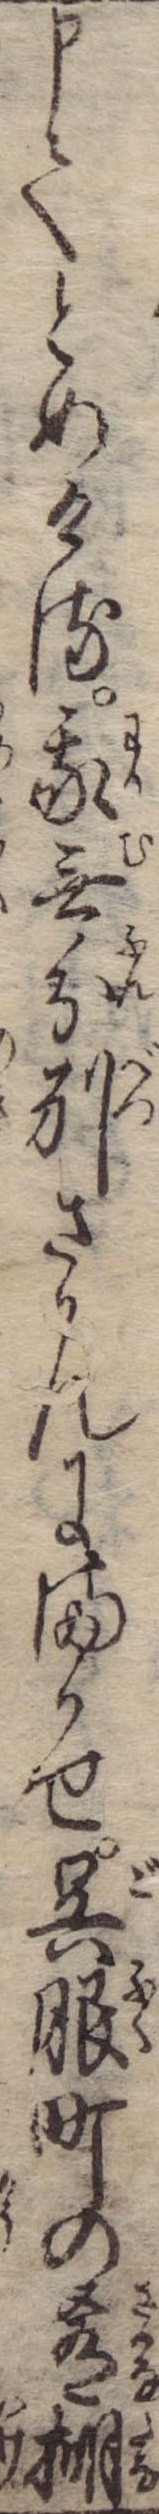
申てとめける我無分別さかんにまかせ呉服町の肴棚